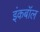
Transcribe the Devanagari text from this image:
इंकबॉल